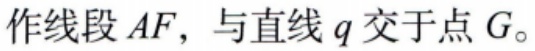
作线段 \(AF\)，与直线 \(q\) 交于点 \(G\)。